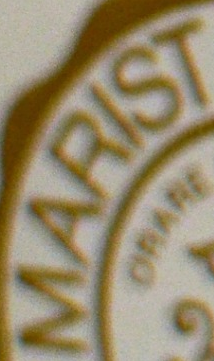
MARIST